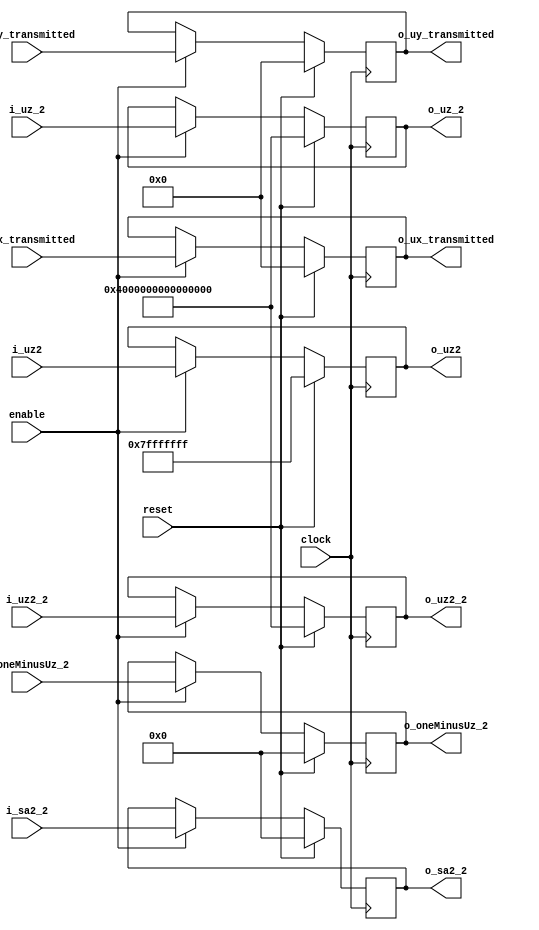
module InternalsBlock_Reflector(
	clock,
	reset,
	enable,
	i_uz_2,			
	i_uz2,			
	i_oneMinusUz_2, 	
	i_sa2_2,		
	i_uz2_2,		
	i_ux_transmitted,	
	i_uy_transmitted,	
	o_uz_2,
	o_uz2,
	o_oneMinusUz_2,
	o_sa2_2,
	o_uz2_2,
	o_ux_transmitted,
	o_uy_transmitted
	);
input					clock;
input					reset;
input					enable;
input		[63:0]		i_uz_2;
input		[31:0]		i_uz2;
input		[63:0]		i_oneMinusUz_2;
input		[63:0]		i_sa2_2;
input		[63:0]		i_uz2_2;
input		[31:0]		i_ux_transmitted;
input		[31:0]		i_uy_transmitted;
output		[63:0]		o_uz_2;
output		[31:0]		o_uz2;
output		[63:0]		o_oneMinusUz_2;
output		[63:0]		o_sa2_2;
output		[63:0]		o_uz2_2;
output		[31:0]		o_ux_transmitted;
output		[31:0]		o_uy_transmitted;
wire					clock;
wire					reset;
wire					enable;
wire		[63:0]		i_uz_2;
wire		[31:0]		i_uz2;
wire		[63:0]		i_oneMinusUz_2;
wire		[63:0]		i_sa2_2;
wire		[63:0]		i_uz2_2;
wire		[31:0]		i_ux_transmitted;
wire		[31:0]		i_uy_transmitted;
reg		[63:0]		o_uz_2;
reg		[31:0]		o_uz2;
reg		[63:0]		o_oneMinusUz_2;
reg		[63:0]		o_sa2_2;
reg		[63:0]		o_uz2_2;
reg		[31:0]		o_ux_transmitted;
reg		[31:0]		o_uy_transmitted;
always @ (posedge clock)
	if(reset) begin
		o_uz_2					<= 64'h3FFFFFFFFFFFFFFF;
		o_uz2					<= 32'h7FFFFFFF;
		o_oneMinusUz_2				<= 64'h0000000000000000;
		o_sa2_2					<= 64'h0000000000000000;
		o_uz2_2					<= 64'h3FFFFFFFFFFFFFFF;
		o_ux_transmitted			<= 32'h00000000;
		o_uy_transmitted			<= 32'h00000000;
	end else if(enable) begin
		o_uz_2					<= i_uz_2;
		o_uz2					<= i_uz2;
		o_oneMinusUz_2				<= i_oneMinusUz_2;
		o_sa2_2					<= i_sa2_2;
		o_uz2_2					<= i_uz2_2;
		o_ux_transmitted			<= i_ux_transmitted;
		o_uy_transmitted			<= i_uy_transmitted;
	end
endmodule